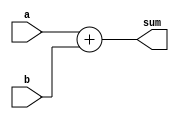
`timescale 1ns/1ps

module adder16(a,b,sum);

input [15:0] a,b;
output [15:0] sum;
wire [15:0] sum;

assign sum = a + b;

endmodule